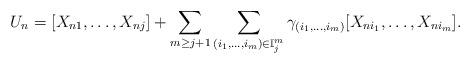
LaTeX: \begin{align*} U_n=[X_{n1},\dots,X_{nj}]+\sum_{m\geq j+1}\sum_{(i_1,\dots,i_m)\in\mathbb{I}_j^m}\gamma_{(i_1,\dots,i_m)}[X_{ni_1},\dots,X_{ni_m}]. \end{align*}